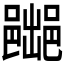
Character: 𲆛